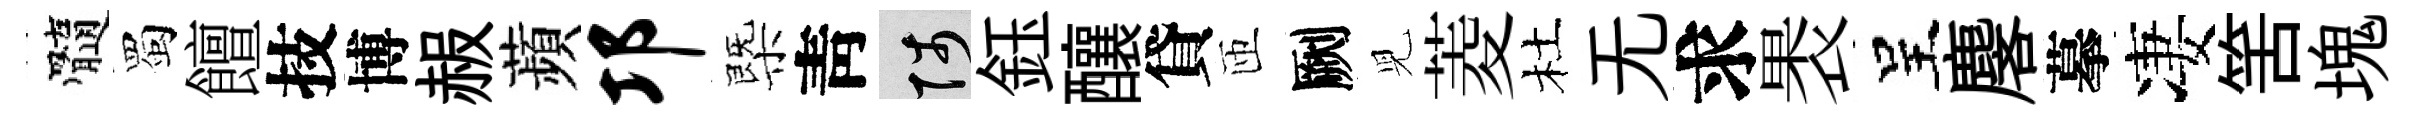
髓蜀饘技博赧蘋邛㮣靑陟鈺釀貸匝劂児菱杜无求褁呈麐摹凄筈塊